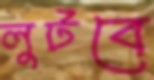
লুটবে